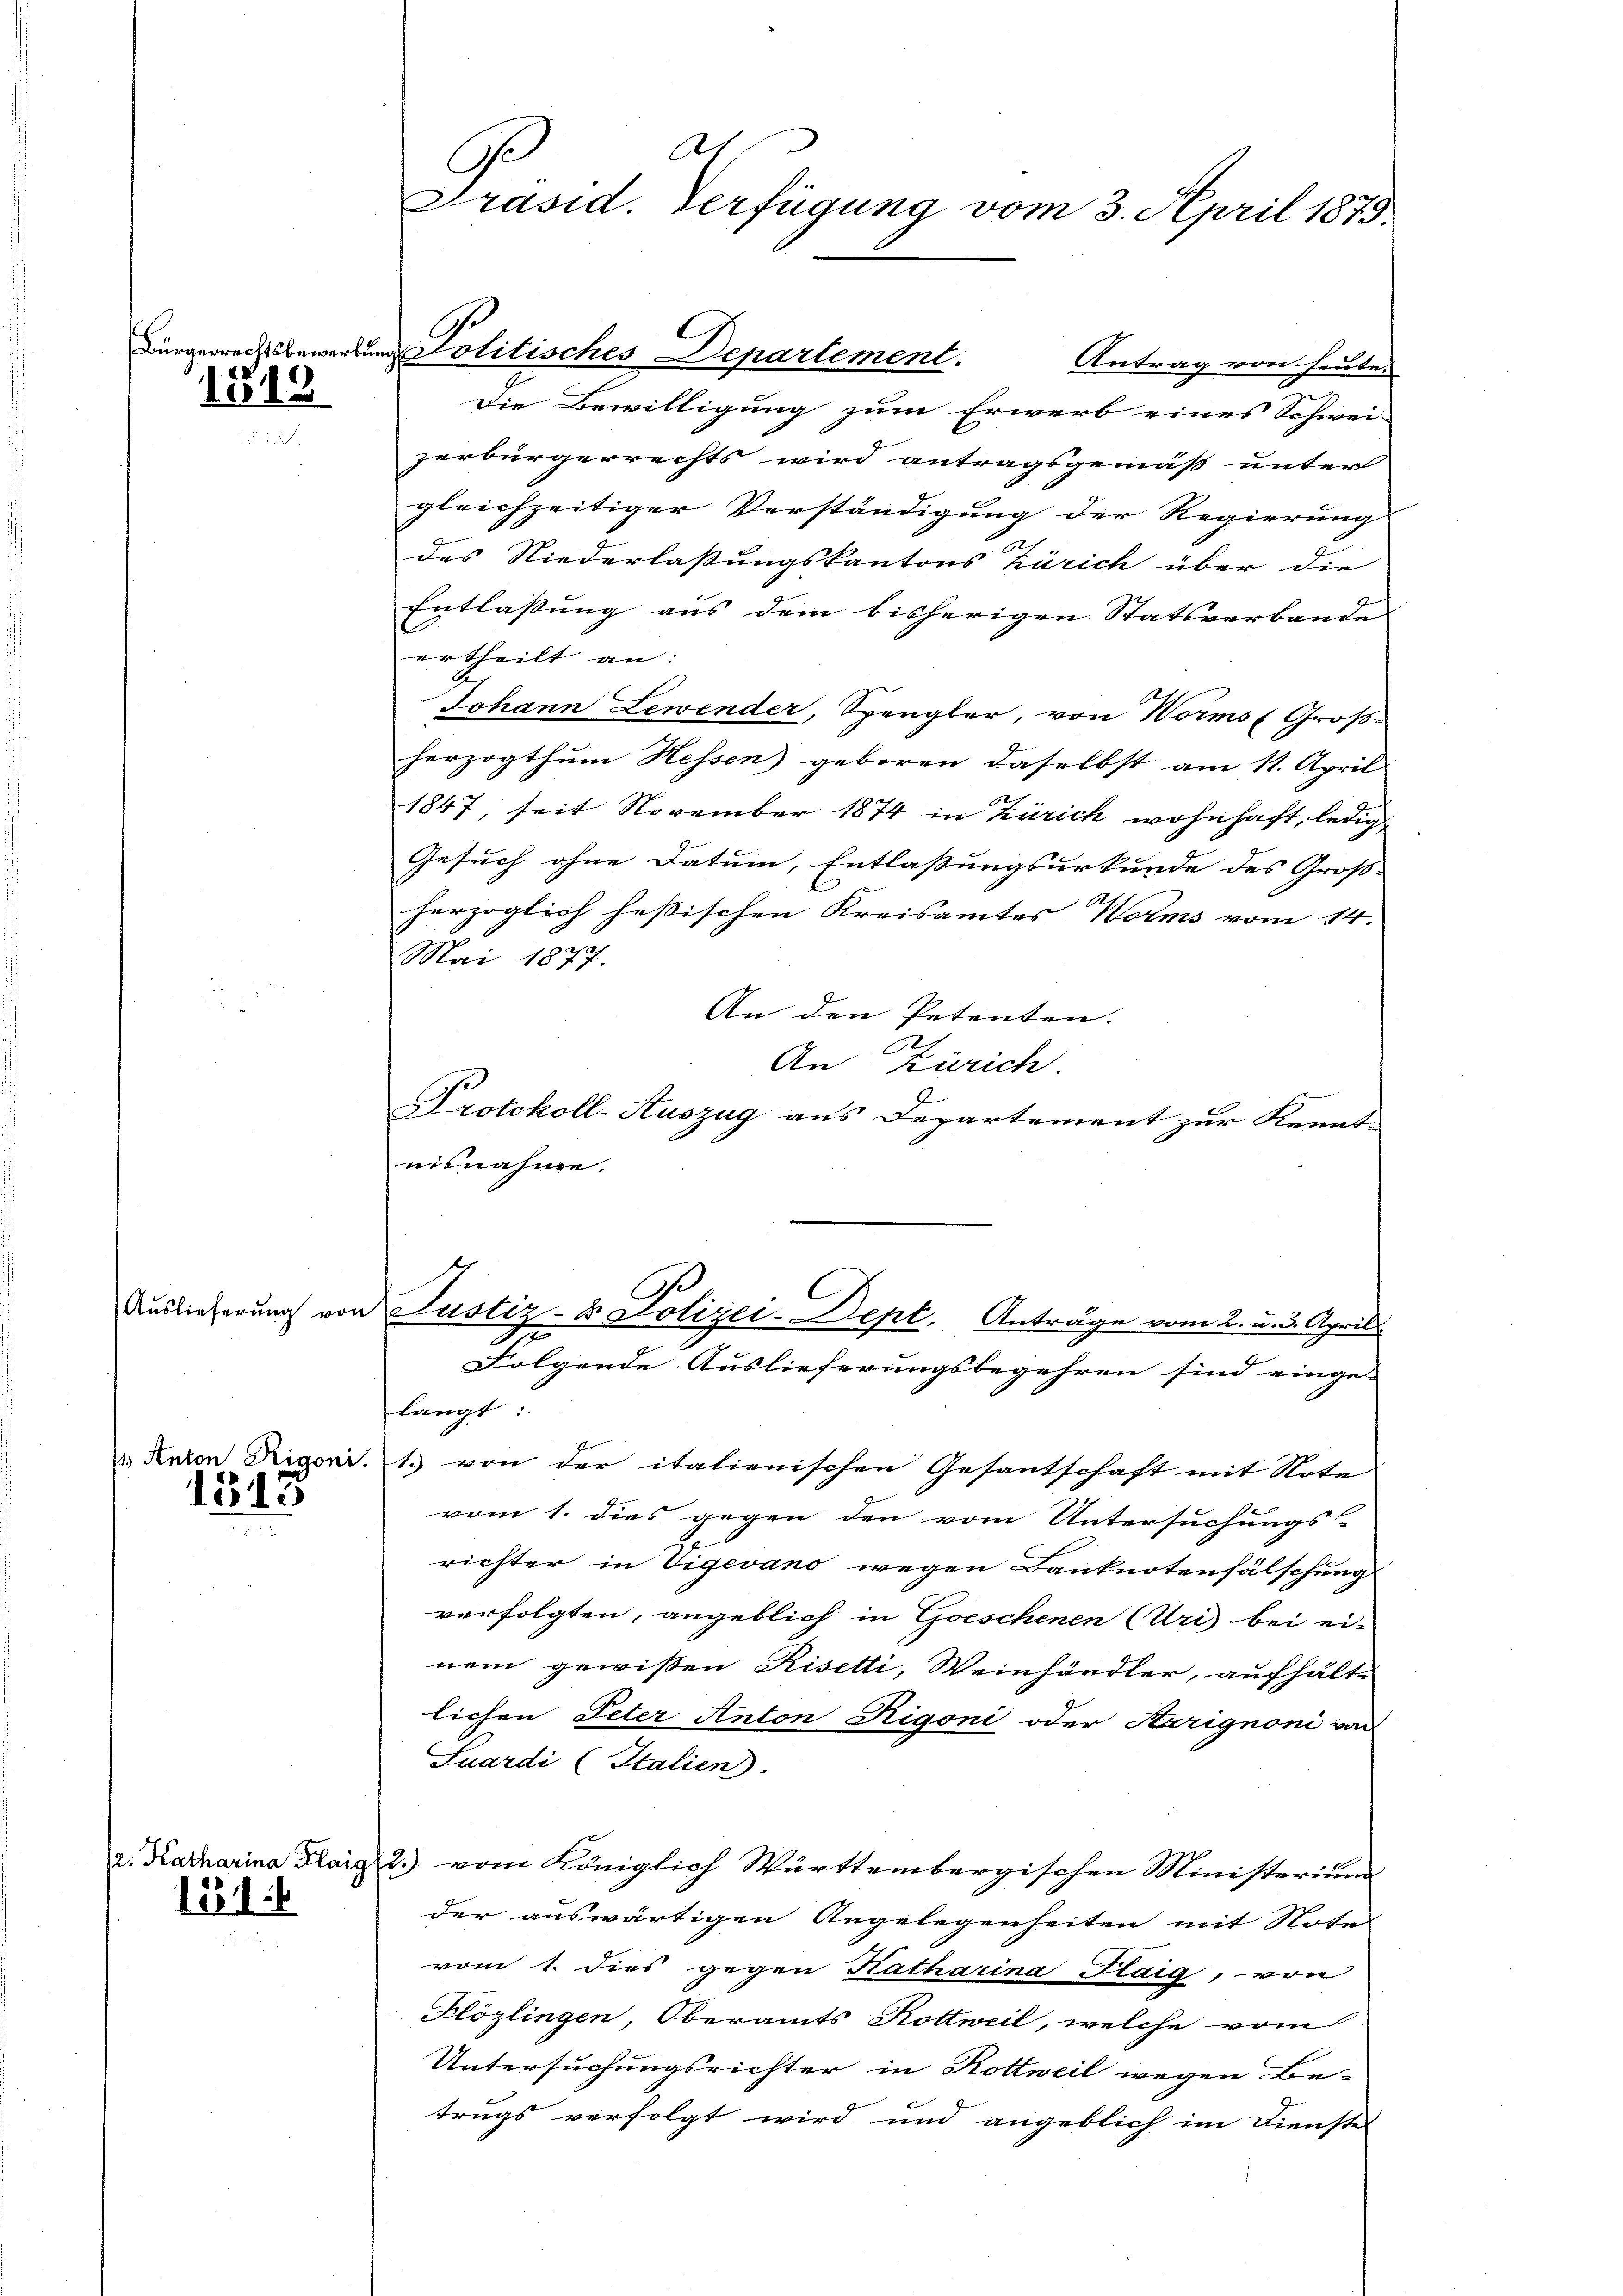
Auslieferŭng von

1818

1313

1511

At
C
Präsid. Verfügung vom 3. April 1875.

Antrag von heute.
Die Bewilligung zum Erwerb eines Schwei-
zerbürgerrechts wird antragsgemäß unter
gleichzeitiger Verständigung der Regierung
e
des Niederlassungskantons Zürich über die
Entlassung aus dem bisherigen Statsverbande |
ertheilt an:
G.
Johann Lewender, Spengler, von Worms Groß-
herzogthum Hessen) geboren daselbst am 11. April
1847, seit November 1874 in Zürich wohnhaft, ledig
Gesuch ohne Datum, Entlassungsurkunde des Groß-
herzoglich hessischen Kreisamtes Worms vom 14.
Mai 1877.
An den Petenten.
An Zürich.
Protokoll-Auszug aus Departement zur Kennt-
nisnahme.
d Justiz- & Polizei-Dept. Anträge vom 2. u. 3. April.
I
Folgende Auslieferungsbegehren sind einge-
langt:
" Raron Trigoni. 1. von der italienischen Gesantschaft mit Note
vom 1. dies gegen den vom Untersuchungs-
richter in Vigevano wegen Banknotenfälschung
verfolgten, angeblich in Geschenen (Uri) bei einem gewißen Risetti, Weinhändler, aufhält-
lichen Peter Anton Rigoni oder Harignoni von
Suardi (Italien).
2. Katharina Flaig 2.) vom Königlich Württembergischen Ministerium
der auswärtigen Angelegenheiten mit Note
vom 1. dies gegen Katharina Flaig, von
Flözlingen, Oberamts Kottweil, welche vom
Untersuchungsrichter in Kottweil wegen Be-
trugs verfolgt wird und angeblich im Dienstes

ürgerrechtsbewerbund Politisches Departement.